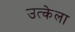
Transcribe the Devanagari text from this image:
उत्केला